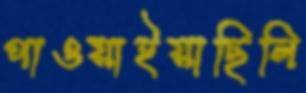
পাওয়াইয়াছিলি